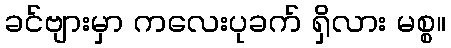
ခင်ဗျားမှာ ကလေးပုခက် ရှိလား မစ္စ။